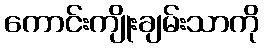
ကောင်းကျိုးချမ်းသာကို